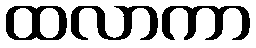
ထလာကာ